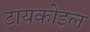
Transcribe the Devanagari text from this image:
टायकोइल